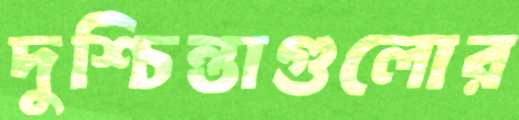
দুশ্চিন্তাগুলোর